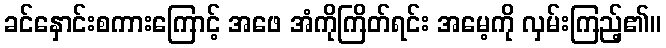
ခင်နှောင်းစကားကြောင့် အဖေ အံကိုကြိတ်ရင်း အမေ့ကို လှမ်းကြည့်၏။